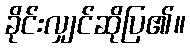
ခိုင်းလျှင်ဆိုပြ၏။